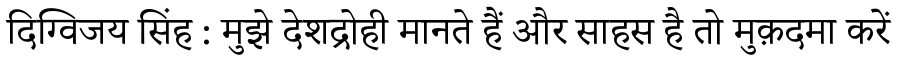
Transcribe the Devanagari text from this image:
दिग्विजय सिंह : मुझे देशद्रोही मानते हैं और साहस है तो मुक़दमा करें